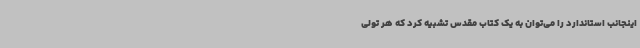
اینجانب استاندارد را می‌توان به یک کتاب مقدس تشبیه کرد که هر تولی